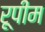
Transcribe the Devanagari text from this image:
रूपीम